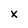
Character: x